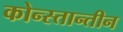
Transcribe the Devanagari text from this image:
कोन्स्तान्तीन